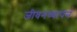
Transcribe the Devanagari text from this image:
जीवनव्यापन